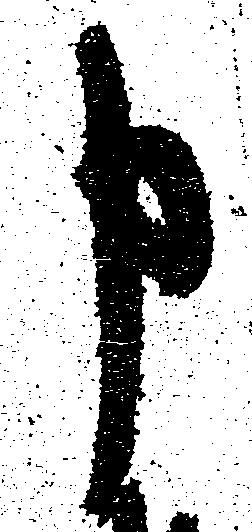
申